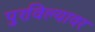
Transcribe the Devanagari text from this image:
पुरविल्यावर